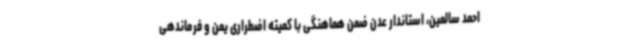
احمد سالمین، استاندار عدن ضمن هماهنگی با کمیته اضطراری یمن و فرماندهی